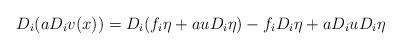
LaTeX: \begin{align*}D_i(aD_iv(x))=D_i(f_i\eta+auD_i\eta)-f_iD_i\eta+aD_i uD_i\eta\end{align*}